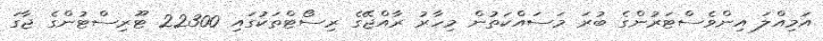
އަމިއްލަ އިންވެސްޓަރުންގެ ބުރަ މަސައްކަތުން މިހާރު ރާއްޖޭގެ ރިސޯޓްތަކުގައި 22300 ޓޫރިސްޓުންގެ ޖާގަ